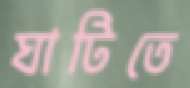
ঘাটিতে